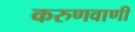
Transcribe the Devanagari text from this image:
करुणवाणी